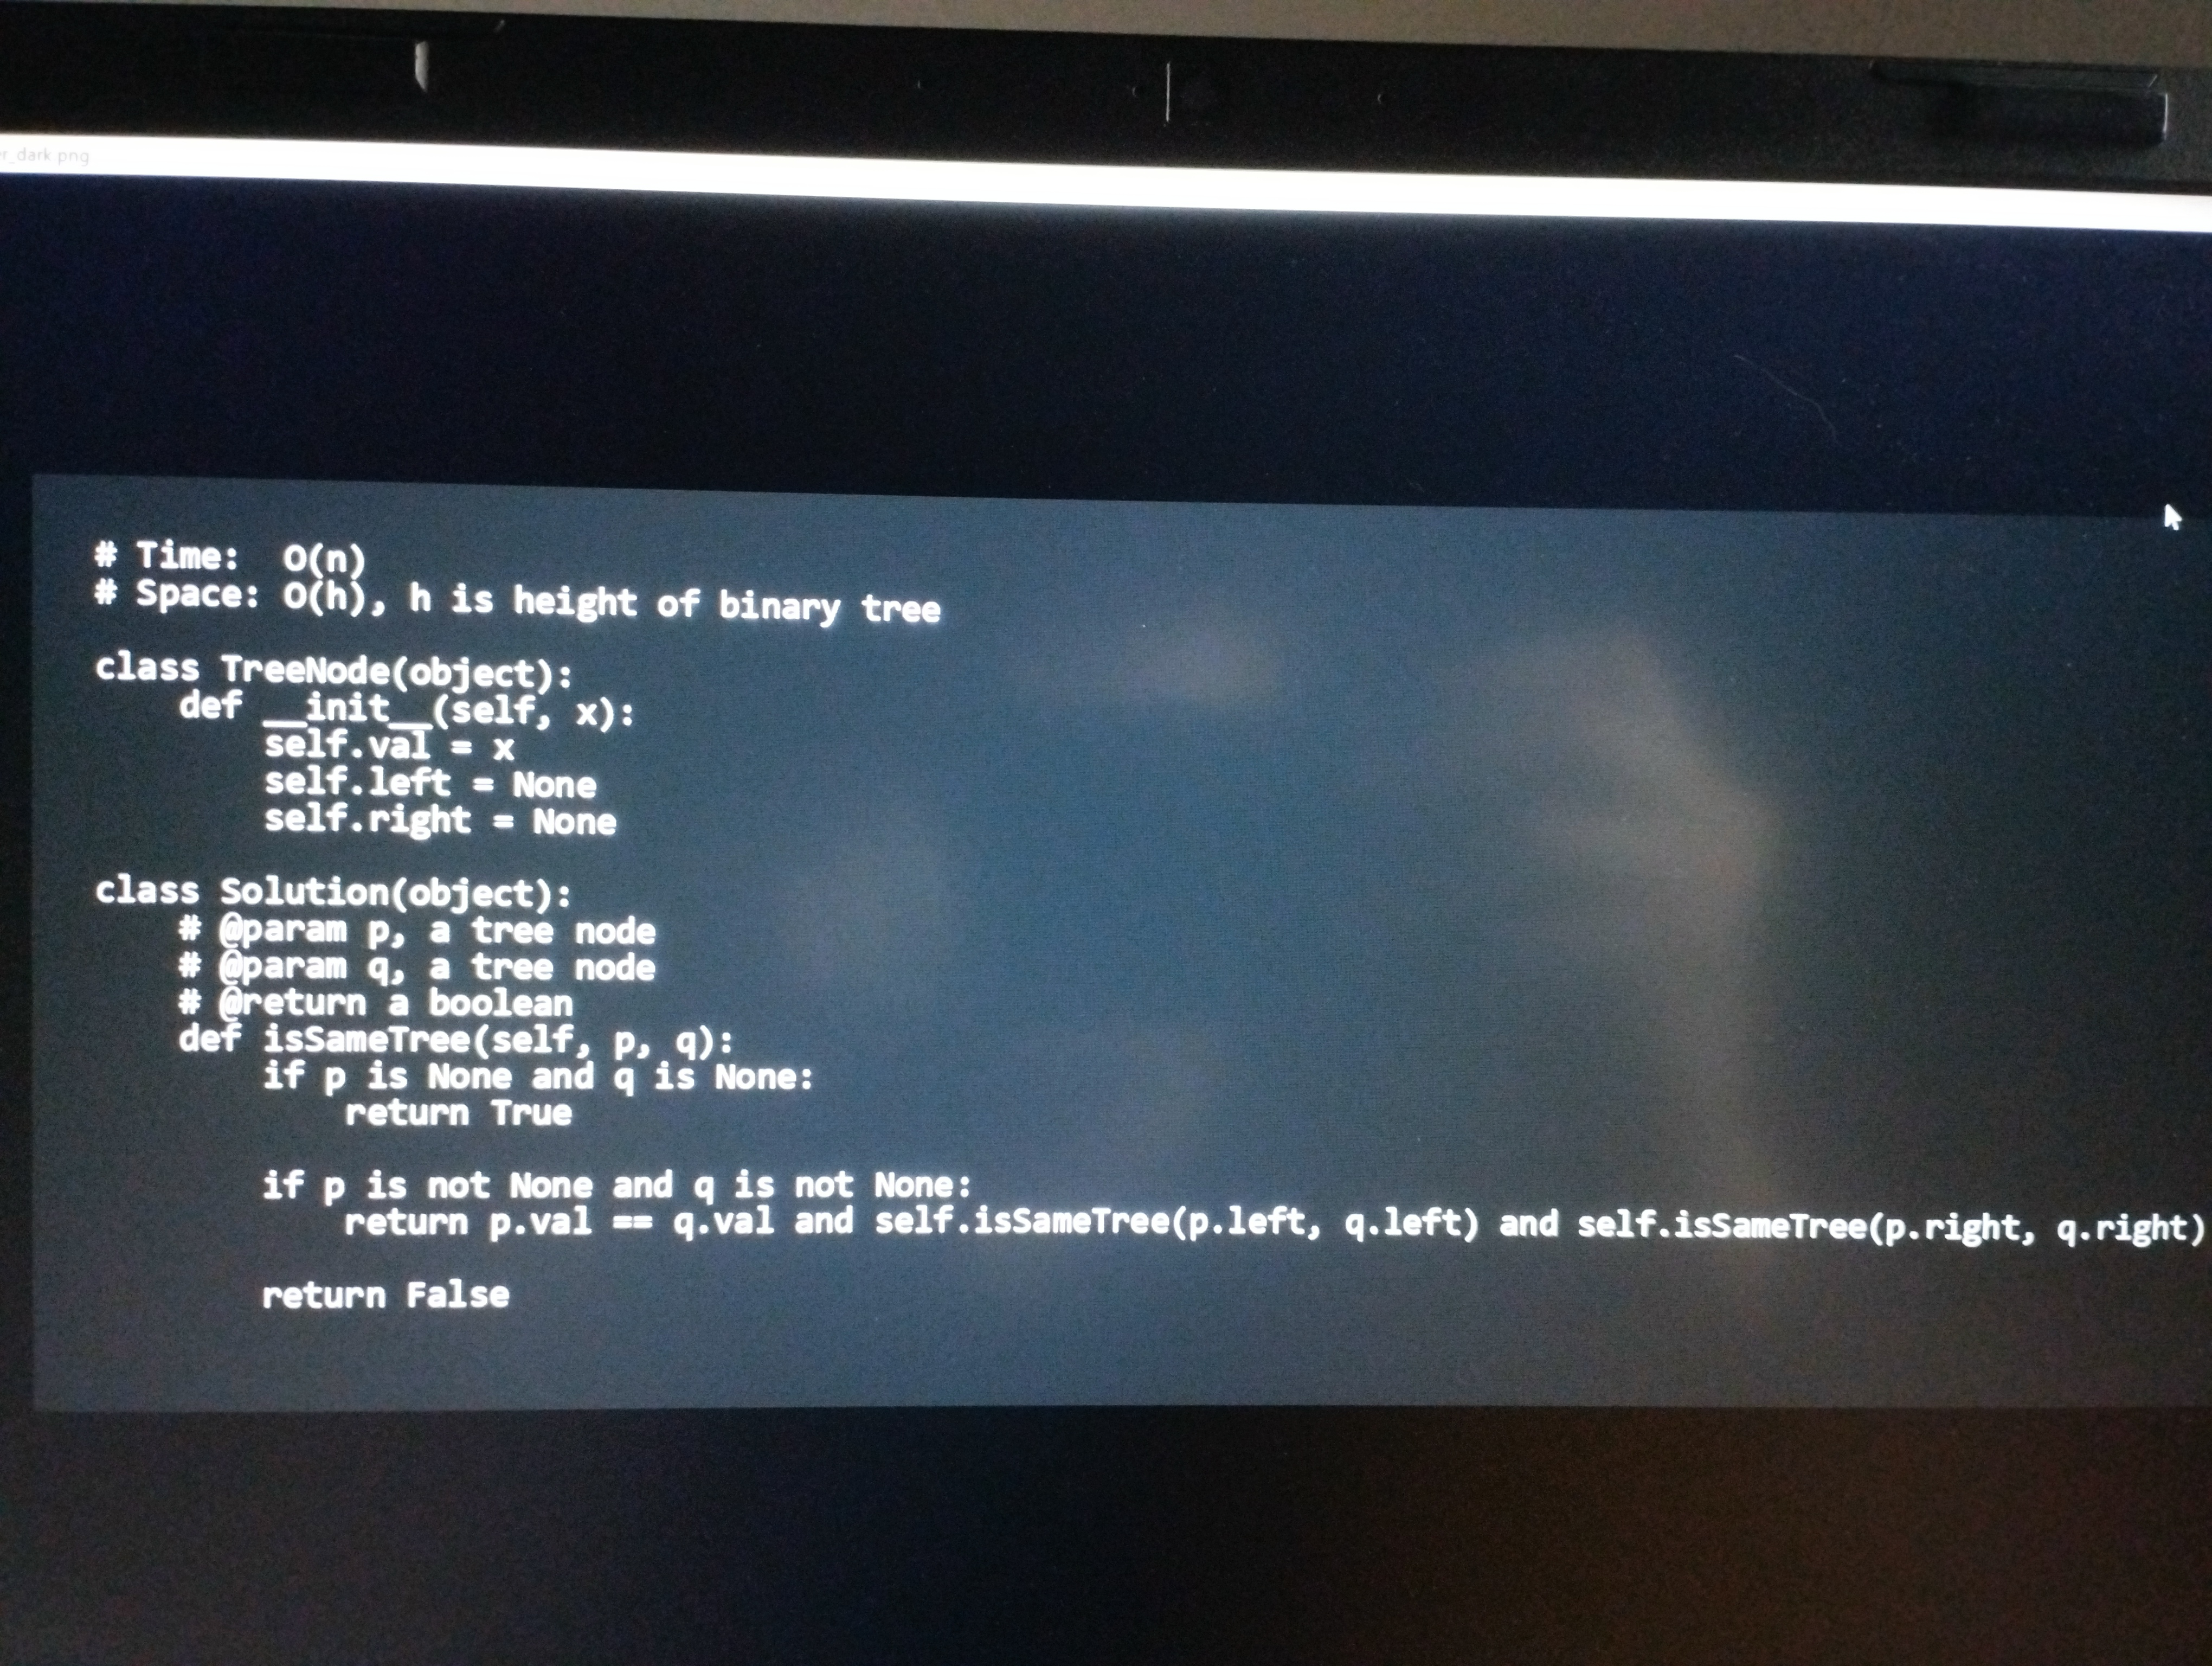
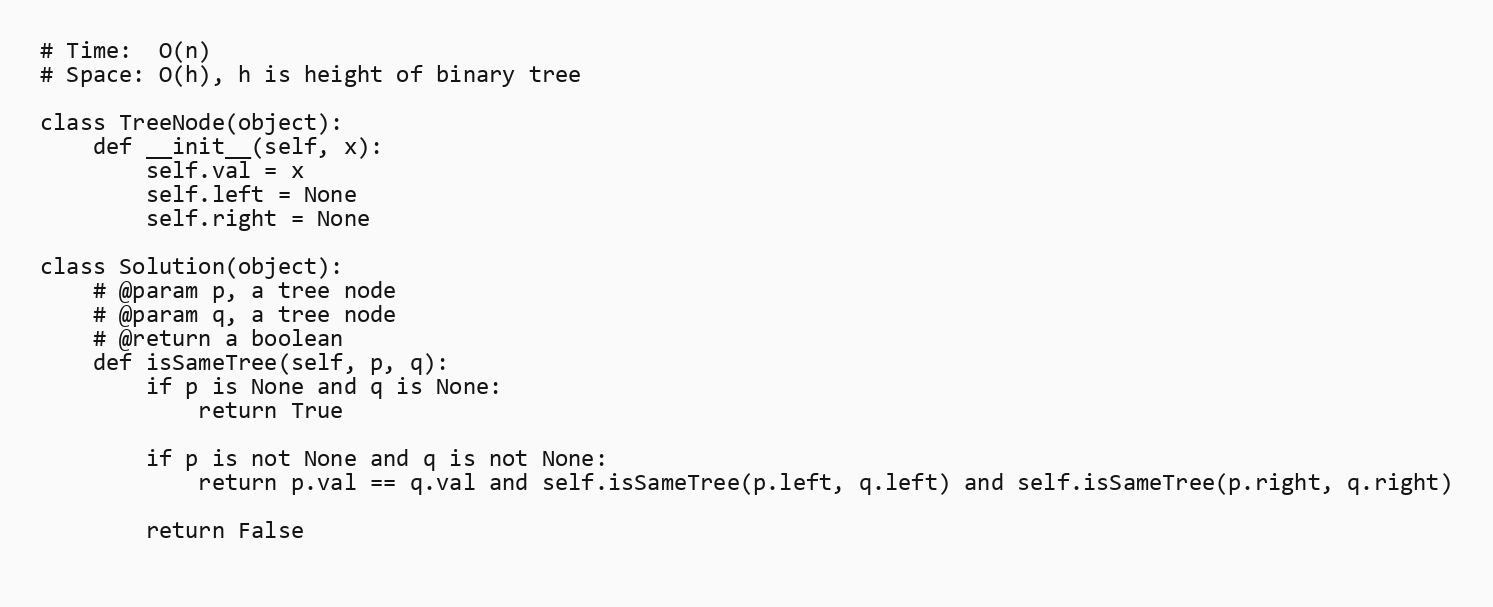
# Time:  O(n)
# Space: O(h), h is height of binary tree

class TreeNode(object):
    def __init__(self, x):
        self.val = x
        self.left = None
        self.right = None

class Solution(object):
    # @param p, a tree node
    # @param q, a tree node
    # @return a boolean
    def isSameTree(self, p, q):
        if p is None and q is None:
            return True

        if p is not None and q is not None:
            return p.val == q.val and self.isSameTree(p.left, q.left) and self.isSameTree(p.right, q.right)

        return False